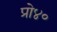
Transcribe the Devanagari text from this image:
प्रो४०